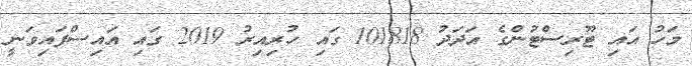
މަހު އައި ޓޫރިސްޓުންގެ އަދަދު 101818 ގައި ހުރިިއިރު 2019 ގައި އައިސްފައިވަނީ